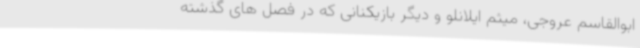
ابوالقاسم عروجی، میثم ایلانلو و دیگر بازیکنانی که در فصل های گذشته